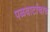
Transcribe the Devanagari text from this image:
पळवाटांचाच